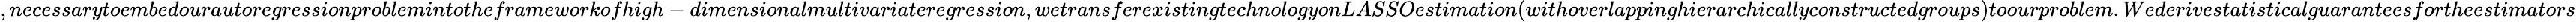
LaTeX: ,necessarytoembedourautoregressionproblemintotheframeworkofhigh-dimensionalmultivariateregression,wetransferexistingtechnologyonLASSOestimation(withoverlappinghierarchicallyconstructedgroups)toourproblem.Wederivestatisticalguaranteesfortheestimators